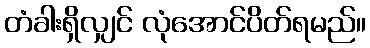
တံခါးရှိလျှင် လုံအောင်ပိတ်ရမည်။